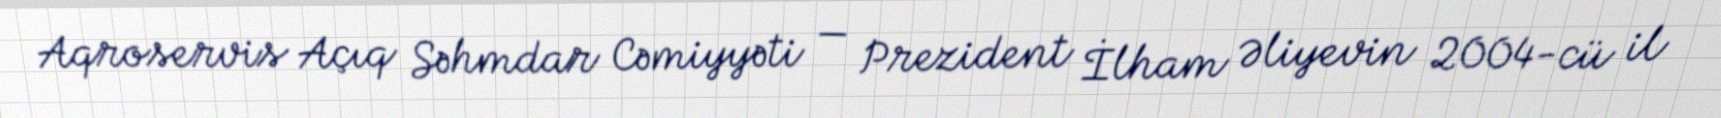
Aqroservis Açıq Səhmdar Cəmiyyəti — Prezident İlham Əliyevin 2004-cü il